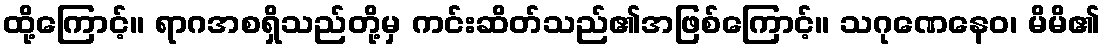
ထို့ကြောင့်။ ရာဂအစရှိသည်တို့မှ ကင်းဆိတ်သည်၏အဖြစ်ကြောင့်။ သဂုဏေနေဝ၊ မိမိ၏